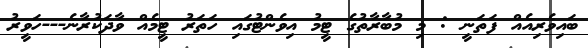
ބައިވެރިއެއް ފަތަނީ : މި މުބާރާތުގެ ޓީމު އިވެންޓުގައި ހަތަރު ޓީމެއް ވާދަކުރާނެ---ހަވީރު